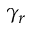
\gamma _ { r }